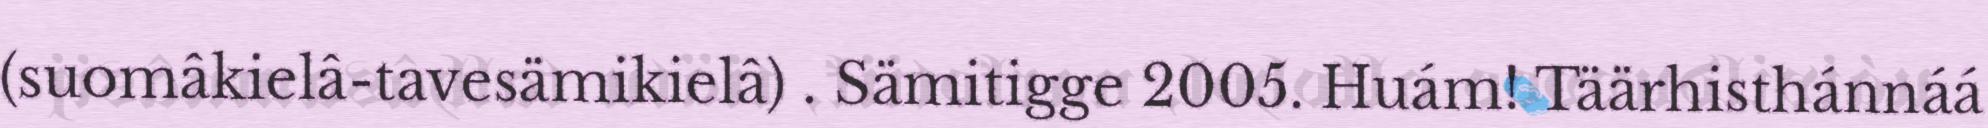
(suomâkielâ-tavesämikielâ) . Sämitigge 2005. Huám! Täärhisthánnáá